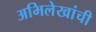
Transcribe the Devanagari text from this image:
अभिलेखांची